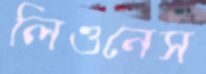
লিওনেস